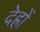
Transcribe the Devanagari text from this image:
देह्रों